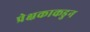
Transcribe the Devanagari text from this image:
प्रेक्षकाकडुन